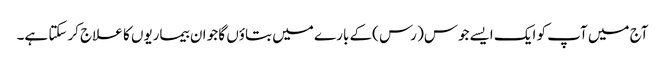
آج میں آپ کو ایک ایسےجوس( رس )کے بارے میں بتاؤں گا جو ان بیماریوں کا علاج کرسکتا ہے۔